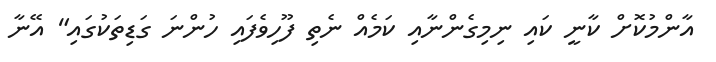
އާންމުކޮށް ކާނީ ކައި ނިމިގެންނާއި ކަމެއް ނެތި ފޫހިވެފައި ހުންނަ ގަޑިތަކުގައި" އޭނާ